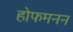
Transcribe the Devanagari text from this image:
होफमनन